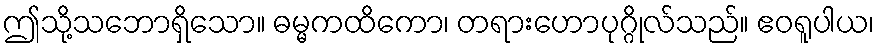
ဤသို့သဘောရှိသော။ ဓမ္မကထိကော၊ တရားဟောပုဂ္ဂိုလ်သည်။ ဧဝရူပါယ၊